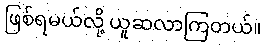
ဖြစ်ရမယ်လို့ ယူဆလာကြတယ်။